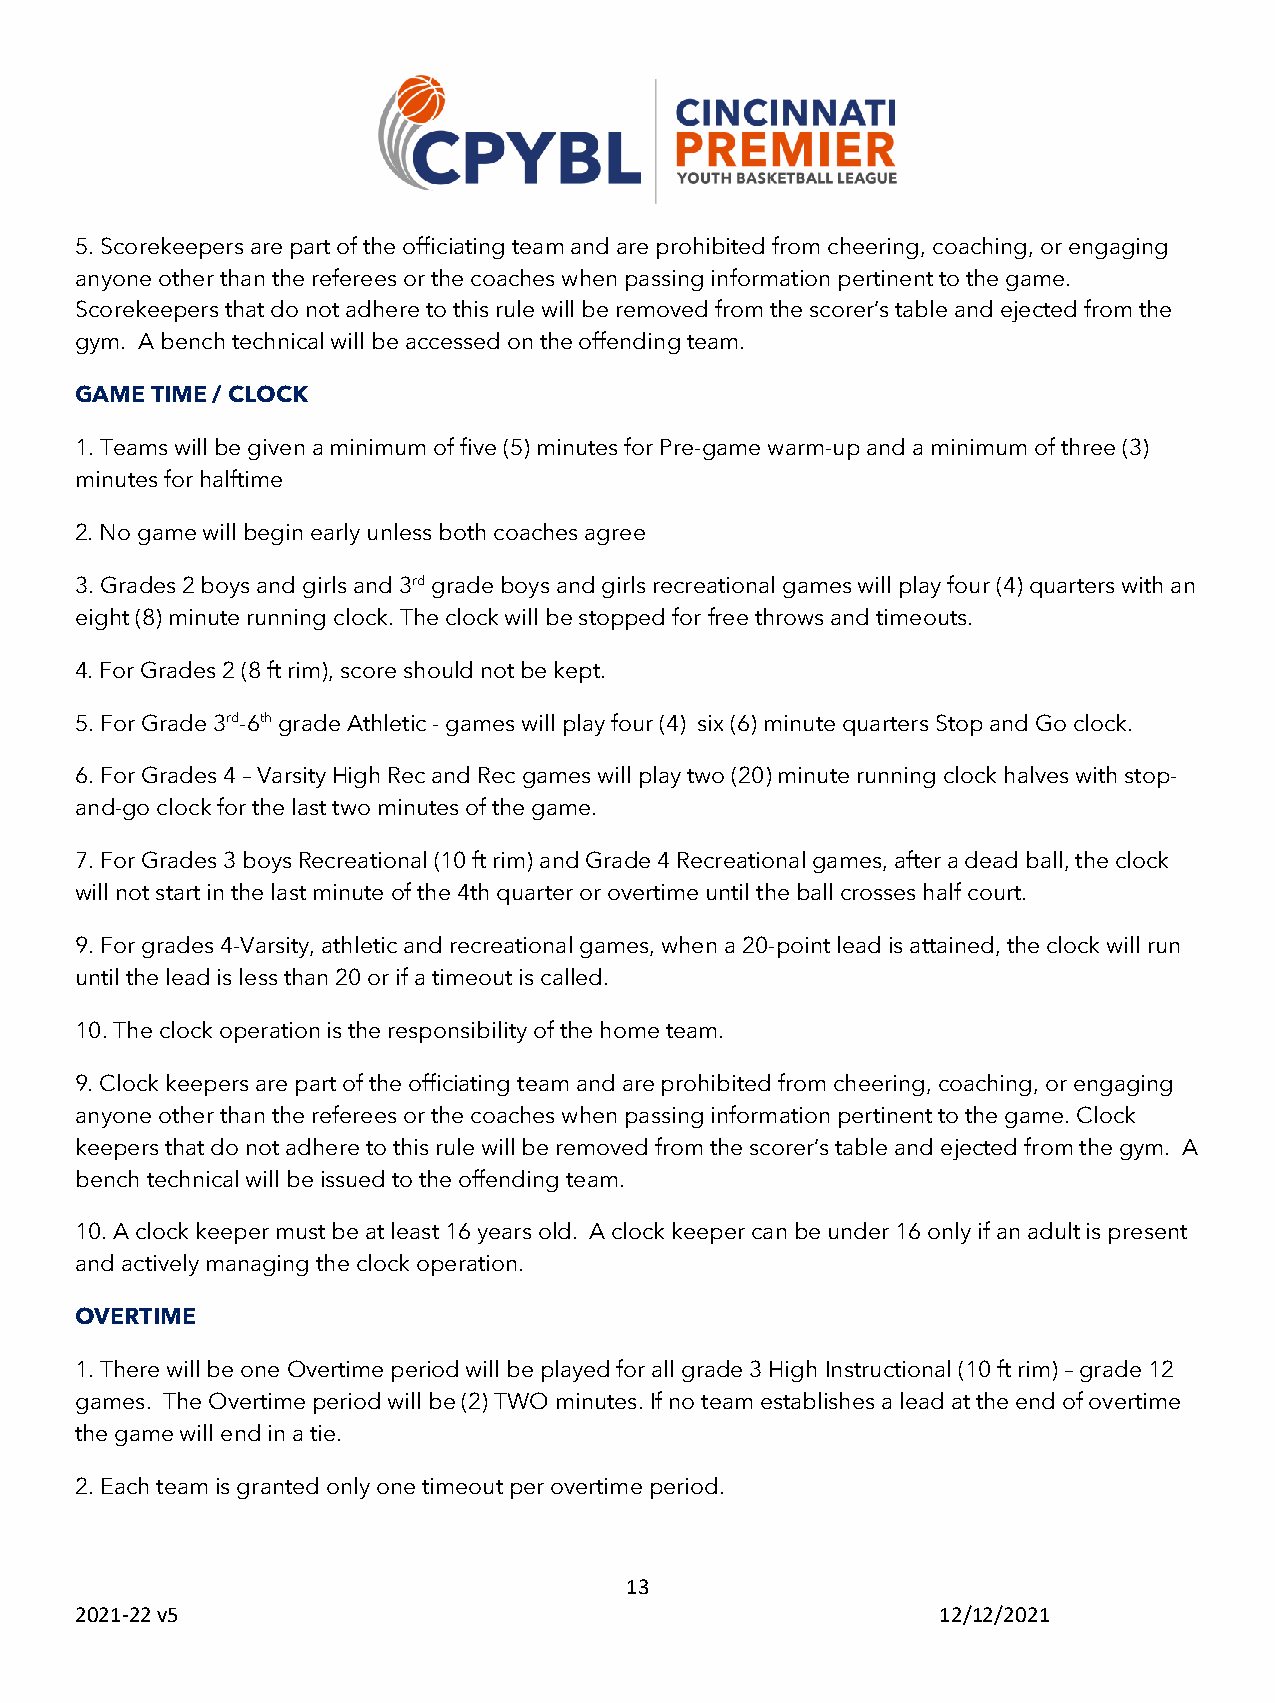
5. Scorekeepers are part of the officiating team and are prohibited from cheering, coaching, or engaging
 anyone other than the referees or the coaches when passing information pertinent to the game.
 Scorekeepers that do not adhere to this rule will be removed from the scorer’s table and ejected from the
 gym. A bench technical will be accessed on the offending team.
 GAME TIME / CLOCK
 1. Teams will be given a minimum of five (5) minutes for Pre-game warm-up and a minimum of three (3)
 minutes for halftime
 2. No game will begin early unless both coaches agree
 3. Grades 2 boys and girls and 3rd grade boys and girls recreational games will play four (4) quarters with an
 eight (8) minute running clock. The clock will be stopped for free throws and timeouts.
 4. For Grades 2 (8 ft rim), score should not be kept.
 5. For Grade 3rd-6th grade Athletic - games will play four (4) six (6) minute quarters Stop and Go clock.
 6. For Grades 4 – Varsity High Rec and Rec games will play two (20) minute running clock halves with stop-
 and-go clock for the last two minutes of the game.
 7. For Grades 3 boys Recreational (10 ft rim) and Grade 4 Recreational games, after a dead ball, the clock
 will not start in the last minute of the 4th quarter or overtime until the ball crosses half court.
 9. For grades 4-Varsity, athletic and recreational games, when a 20-point lead is attained, the clock will run
 until the lead is less than 20 or if a timeout is called.
 10. The clock operation is the responsibility of the home team.
 9. Clock keepers are part of the officiating team and are prohibited from cheering, coaching, or engaging
 anyone other than the referees or the coaches when passing information pertinent to the game. Clock
 keepers that do not adhere to this rule will be removed from the scorer’s table and ejected from the gym. A
 bench technical will be issued to the offending team.
 10. A clock keeper must be at least 16 years old. A clock keeper can be under 16 only if an adult is present
 and actively managing the clock operation.
 OVERTIME
 1. There will be one Overtime period will be played for all grade 3 High Instructional (10 ft rim) – grade 12
 games. The Overtime period will be (2) TWO minutes. If no team establishes a lead at the end of overtime
 the game will end in a tie.
 2. Each team is granted only one timeout per overtime period.
 13
 2021-22 v5                                               12/12/2021